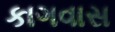
કાગવાસ